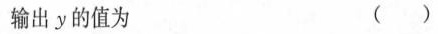
输出y的值为 ()